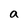
Character: a